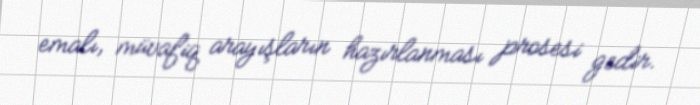
emalı, müvafiq arayışların hazırlanması prosesi gedir.